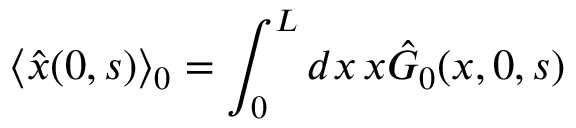
\langle \hat { x } ( 0 , s ) \rangle _ { 0 } = \int _ { 0 } ^ { L } d x \, x \hat { G } _ { 0 } ( x , 0 , s )